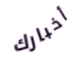
أخبارك